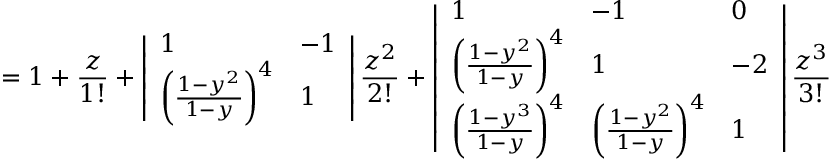
= 1 + \frac { z } { 1 ! } + \left| \begin{array} { l l } { 1 } & { - 1 } \\ { \left( \frac { 1 - y ^ { 2 } } { 1 - y } \right) ^ { 4 } } & { 1 } \end{array} \right| \frac { z ^ { 2 } } { 2 ! } + \left| \begin{array} { l l l } { 1 } & { - 1 } & { 0 } \\ { \left( \frac { 1 - y ^ { 2 } } { 1 - y } \right) ^ { 4 } } & { 1 } & { - 2 } \\ { \left( \frac { 1 - y ^ { 3 } } { 1 - y } \right) ^ { 4 } } & { \left( \frac { 1 - y ^ { 2 } } { 1 - y } \right) ^ { 4 } } & { 1 } \end{array} \right| \frac { z ^ { 3 } } { 3 ! }